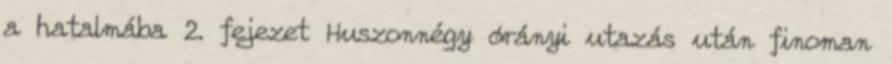
a hatalmába 2. fejezet Huszonnégy órányi utazás után finoman